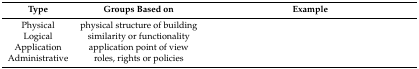
<table><thead><tr><td><b>Type</b></td><td><b>Groups Based on</b></td><td><b>Example</b></td></tr></thead><tbody><tr><td>Physical</td><td>physical structure of building</td><td>[EMPTY_CELL]</td></tr><tr><td>Logical</td><td>similarity or functionality</td><td>[EMPTY_CELL]</td></tr><tr><td>Application</td><td>application point of view</td><td>[EMPTY_CELL]</td></tr><tr><td>Administrative</td><td>roles, rights or policies</td><td>[EMPTY_CELL]</td></tr></tbody></table>